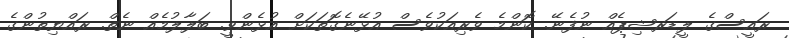
ރައީސްގެ ލީޑަރޝިޕެއް ނުފެނޭ. ކޮންމެ ވެރިއަކުވެސް އުޅޭނެގޮތަކަށް އުޅެންވީ. ބަލާލުމެއް ނެތް. ރައްޔިތުންގެ